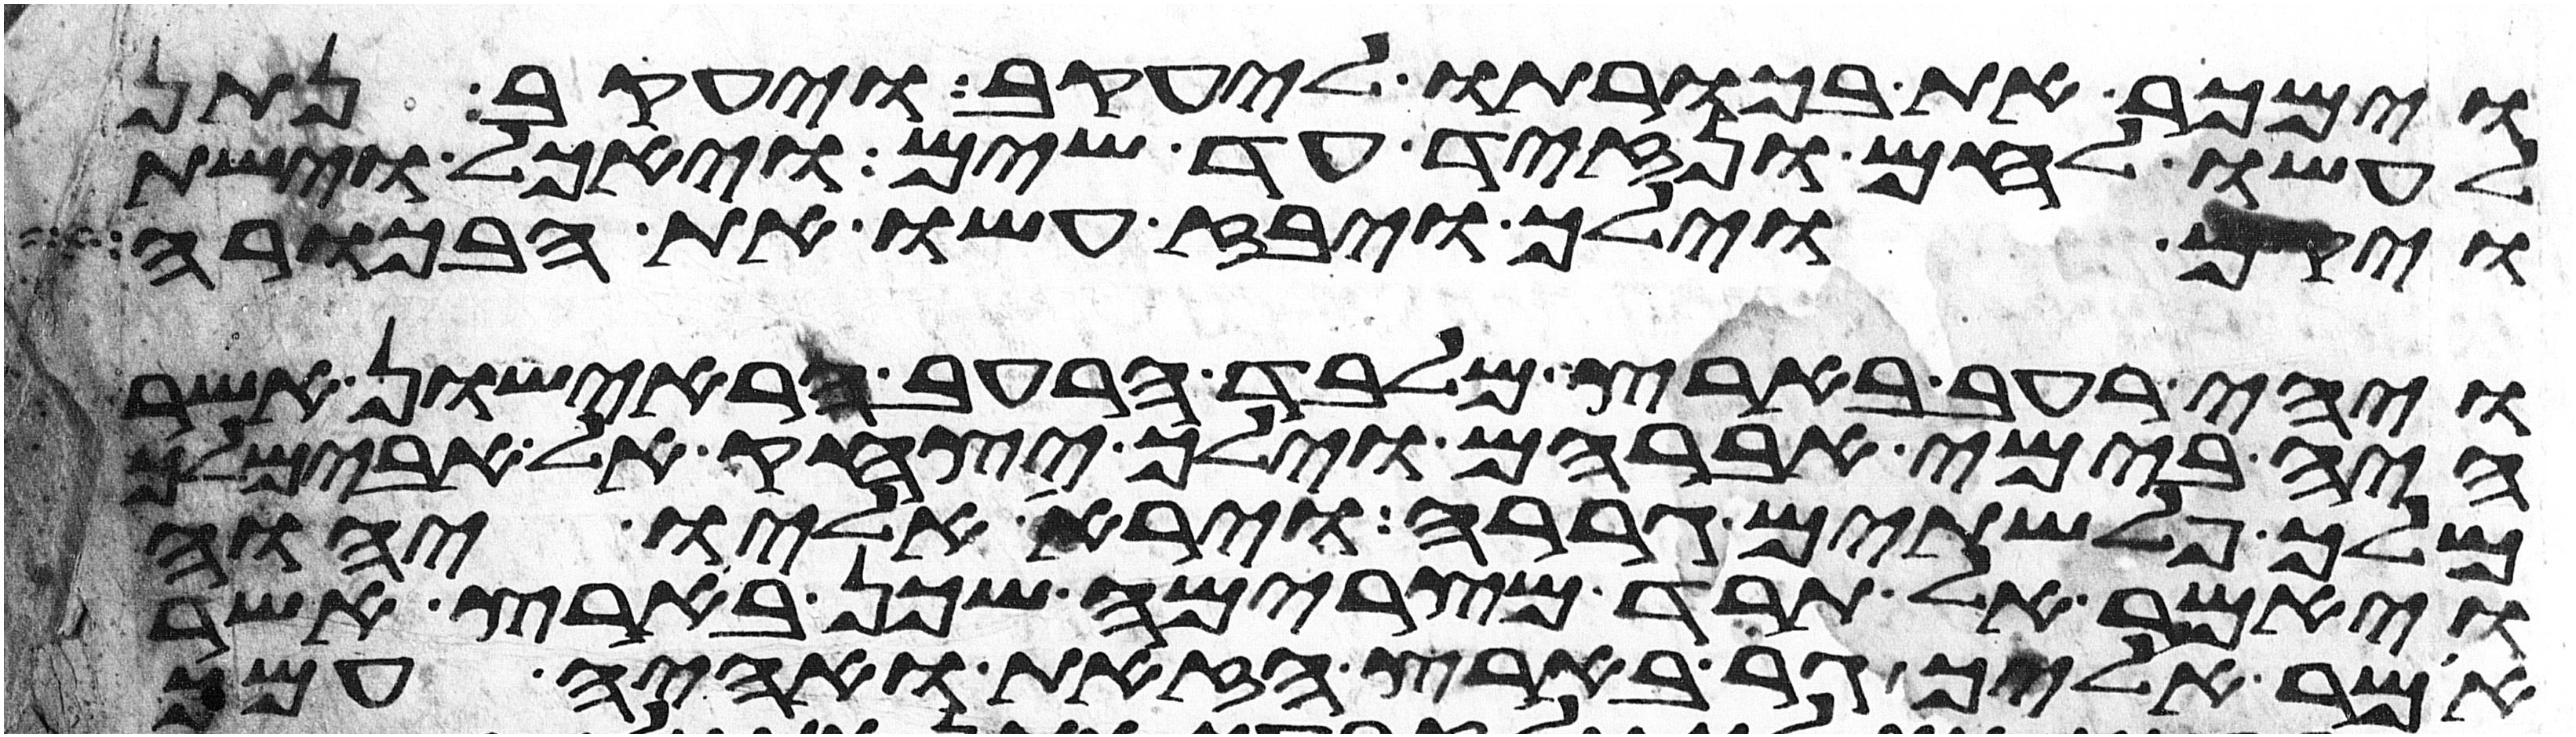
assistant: וימכר את בכורתו ליעקב ויעקב נתן
לעשו לחם ונזיד עד שים ויאכל וישת
ויקם וילך ויבז עשו את הבכורה
ויהי רעב בארץ מלבד הרעב הראישון אשר
היה בימי אברהם וילך יצחק אל אבימלך
מלך פלשתים גררה וירא אליו יהוה
ויאמר אל תרד מצרימה שכן בארץ אשר
אמר אליך גר בארץ הזאת ואהיה עמך